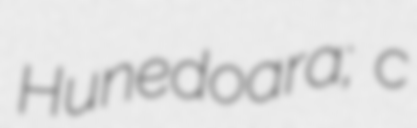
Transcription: Hunedoara; c